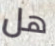
هل